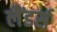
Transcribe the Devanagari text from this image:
लैंडर्स